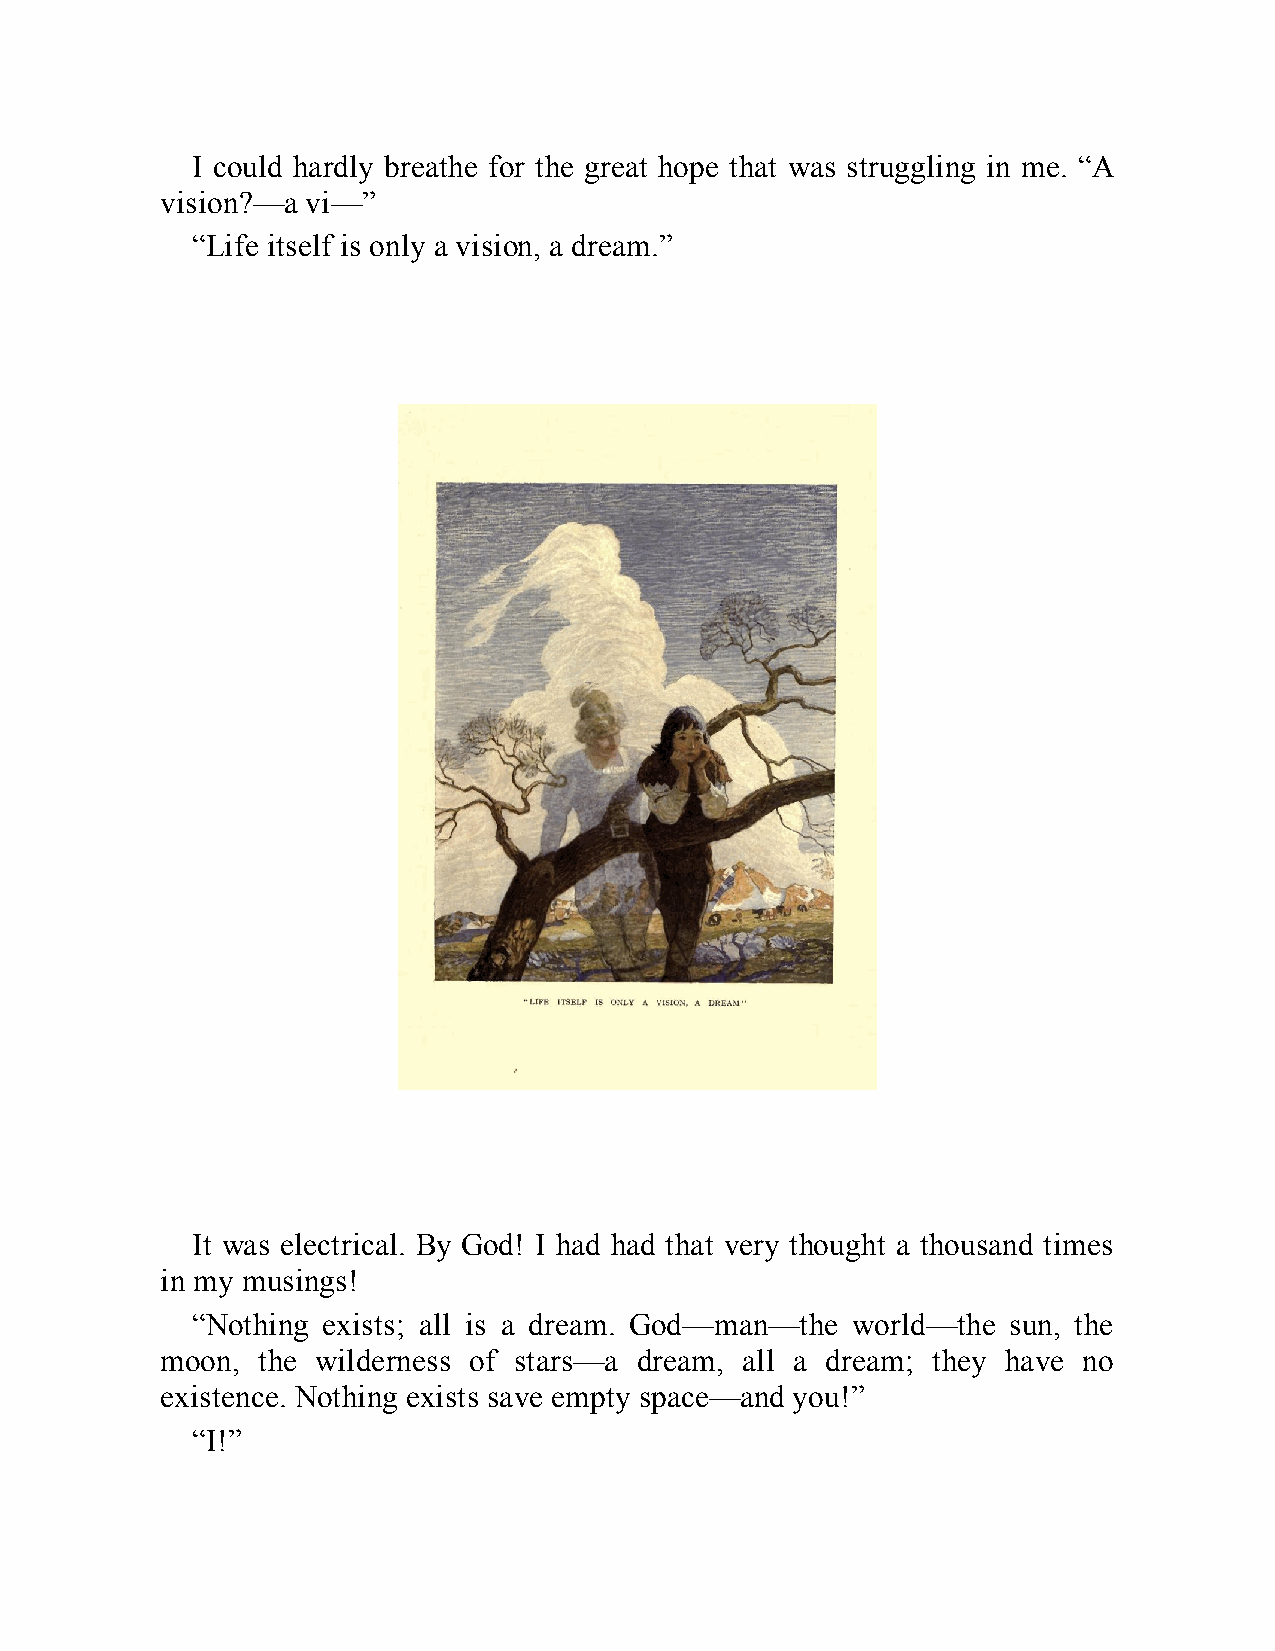
I could hardly breathe for the great hope that was struggling in me. “A
 vision?—a vi—”
 “Life itself is only a vision, a dream.”
 It was electrical. By God! I had had that very thought a thousand times
 in my musings!
 “Nothing exists; all is a dream. God—man—the world—the sun, the
 moon, the wilderness of stars—a dream, all a dream; they have no
 existence. Nothing exists save empty space—and you!”
 “I!”